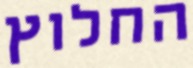
החלוץ